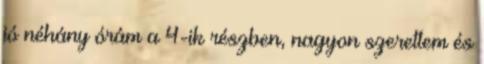
jó néhány órám a 4-ik részben, nagyon szerettem és